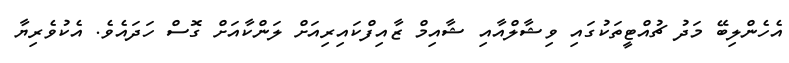
އެހެންލިބޭ މަދު ޗުއްޓީތަކުގައި ވިޝާލްއާއި ޝާއިމް ޒާއިފްކައިރިއަށް ލަންކާއަށް ގޮސް ހަދައެވެ. އެކުވެރިޔާ